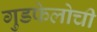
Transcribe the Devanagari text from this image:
गुडफेलोची